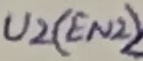
Text: U2(EN2)